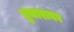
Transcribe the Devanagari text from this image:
घुमारावर